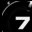
Digit: 7